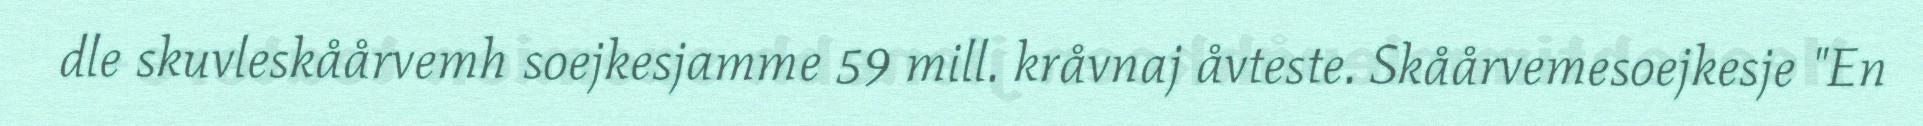
dle skuvleskåårvemh soejkesjamme 59 mill. kråvnaj åvteste. Skåårvemesoejkesje "En